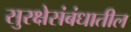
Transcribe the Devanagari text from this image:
सुरक्षेसंबंधातील